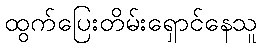
ထွက်ပြေးတိမ်းရှောင်နေသူ